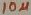
Text: 10µF